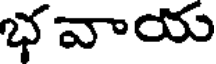
భవాయ